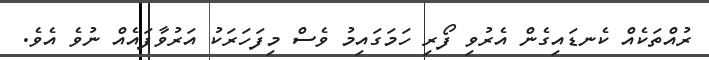
ރުއްތަކެއް ކެނޑައިގެން އެރުވި ފޯރި ހަމަގައިމު ވެސް މިފަހަރަކު އަރުވާފައެއް ނުވެ އެވެ.